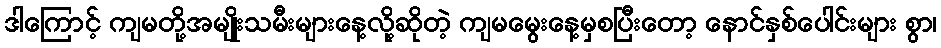
ဒါကြောင့် ကျမတို့အမျိုးသမီးများနေ့လို့ဆိုတဲ့ ကျမမွေးနေ့မှစပြီးတော့ နောင်နှစ်ပေါင်းများ စွာ၊